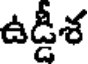
ఉడ్డీశ